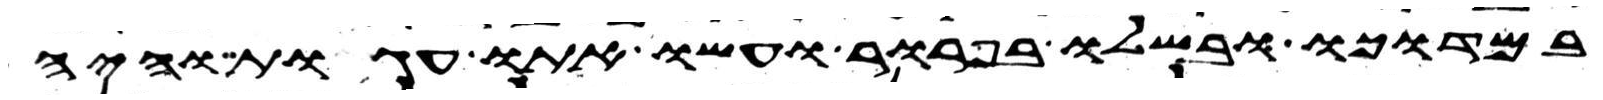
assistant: במדוכה ובשלו בפרור ועשו אתו עגות והיה